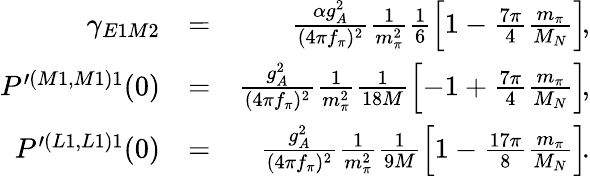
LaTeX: \begin{array}{rlr}{\gamma_{E1M2}}&{=}&{\frac{\alpha g_{A}^{2}}{(4\pi f_{\pi})^{2}}\frac{1}{m_{\pi}^{2}}\frac{1}{6}\left[1-\frac{7\pi}{4}\frac{m_{\pi}}{M_{N}}\right]\! ,}\\ {P^{\prime(M1,M1)1}(0)}&{=}&{\frac{g_{A}^{2}}{(4\pi f_{\pi})^{2}}\frac{1}{m_{\pi}^{2}}\frac{1}{18M}\left[-1+\frac{7\pi}{4}\frac{m_{\pi}}{M_{N}}\right]\! ,}\\ {P^{\prime(L1,L1)1}(0)}&{=}&{\frac{g_{A}^{2}}{(4\pi f_{\pi})^{2}}\frac{1}{m_{\pi}^{2}}\frac{1}{9M}\left[1-\frac{17\pi}{8}\frac{m_{\pi}}{M_{N}}\right]\! .}\end{array}